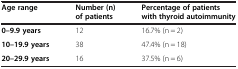
<table><thead><tr><td><b>Age range</b></td><td><b>Number (n) of patients</b></td><td><b>Percentage of patients with thyroid autoimmunity</b></td></tr></thead><tbody><tr><td><b>0–9.9 years</b></td><td>12</td><td>16.7% (n = 2)</td></tr><tr><td><b>10–19.9 years</b></td><td>38</td><td>47.4% (n = 18)</td></tr><tr><td><b>20–29.9 years</b></td><td>16</td><td>37.5% (n = 6)</td></tr></tbody></table>